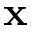
\mathbf { x }